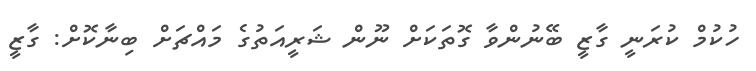
ހުކުމް ކުރަނީ ގާޒީ ބޭނުންވާ ގޮތަކަށް ނޫން ޝަރީއަތުގެ މައްޗަށް ބިނާކޮށް: ގާޒީ